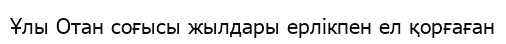
Ұлы Отан соғысы жылдары ерлікпен ел қорғаған